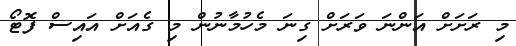
މި ރަށަށް އަންނަ ވަރަށް ގިނަ މެހުމާނުން މި ގެއަށް އައިސް ފޮޓޯ